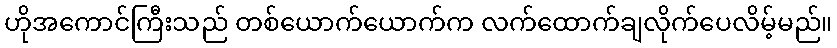
ဟိုအကောင်ကြီးသည် တစ်ယောက်ယောက်က လက်ထောက်ချလိုက်ပေလိမ့်မည်။